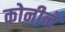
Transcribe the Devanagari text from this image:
कोनीने